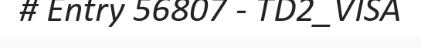
# Entry 56807 - TD2_VISA